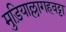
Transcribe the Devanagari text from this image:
मुड़ियाल्लागहवट्टा